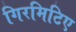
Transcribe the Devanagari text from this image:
गिरमिटिए